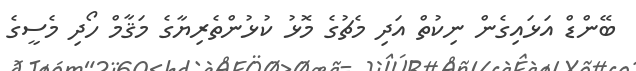
ބޭންޑް އަޅައިގެން ނިކުތް އަދި މެޗުގެ މޮޅު ކުޅުންތެރިޔާގެ މަޤާމް ހޯދި މެސީގެ